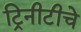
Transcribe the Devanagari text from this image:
ट्रिनीटीचे